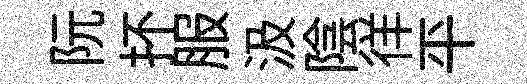
阮抔服汲陰徉平